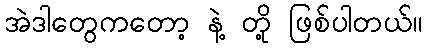
အဲဒါတွေကတော့ နဲ့ တို့ ဖြစ်ပါတယ်။